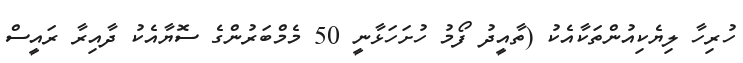
ހުރިހާ ލިޔެކިއުންތަކާއެކު (ތާއީދު ފޯމު ހުށަހަޅާނީ 50 މެމްބަރުންގެ ސޮޔާއެކު ދާއިރާ ރައީސް